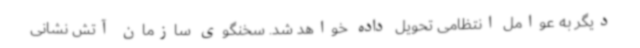
دیگر به عوامل انتظامی تحویل داده خواهد شد. سخنگوی سازمان آتش نشانی